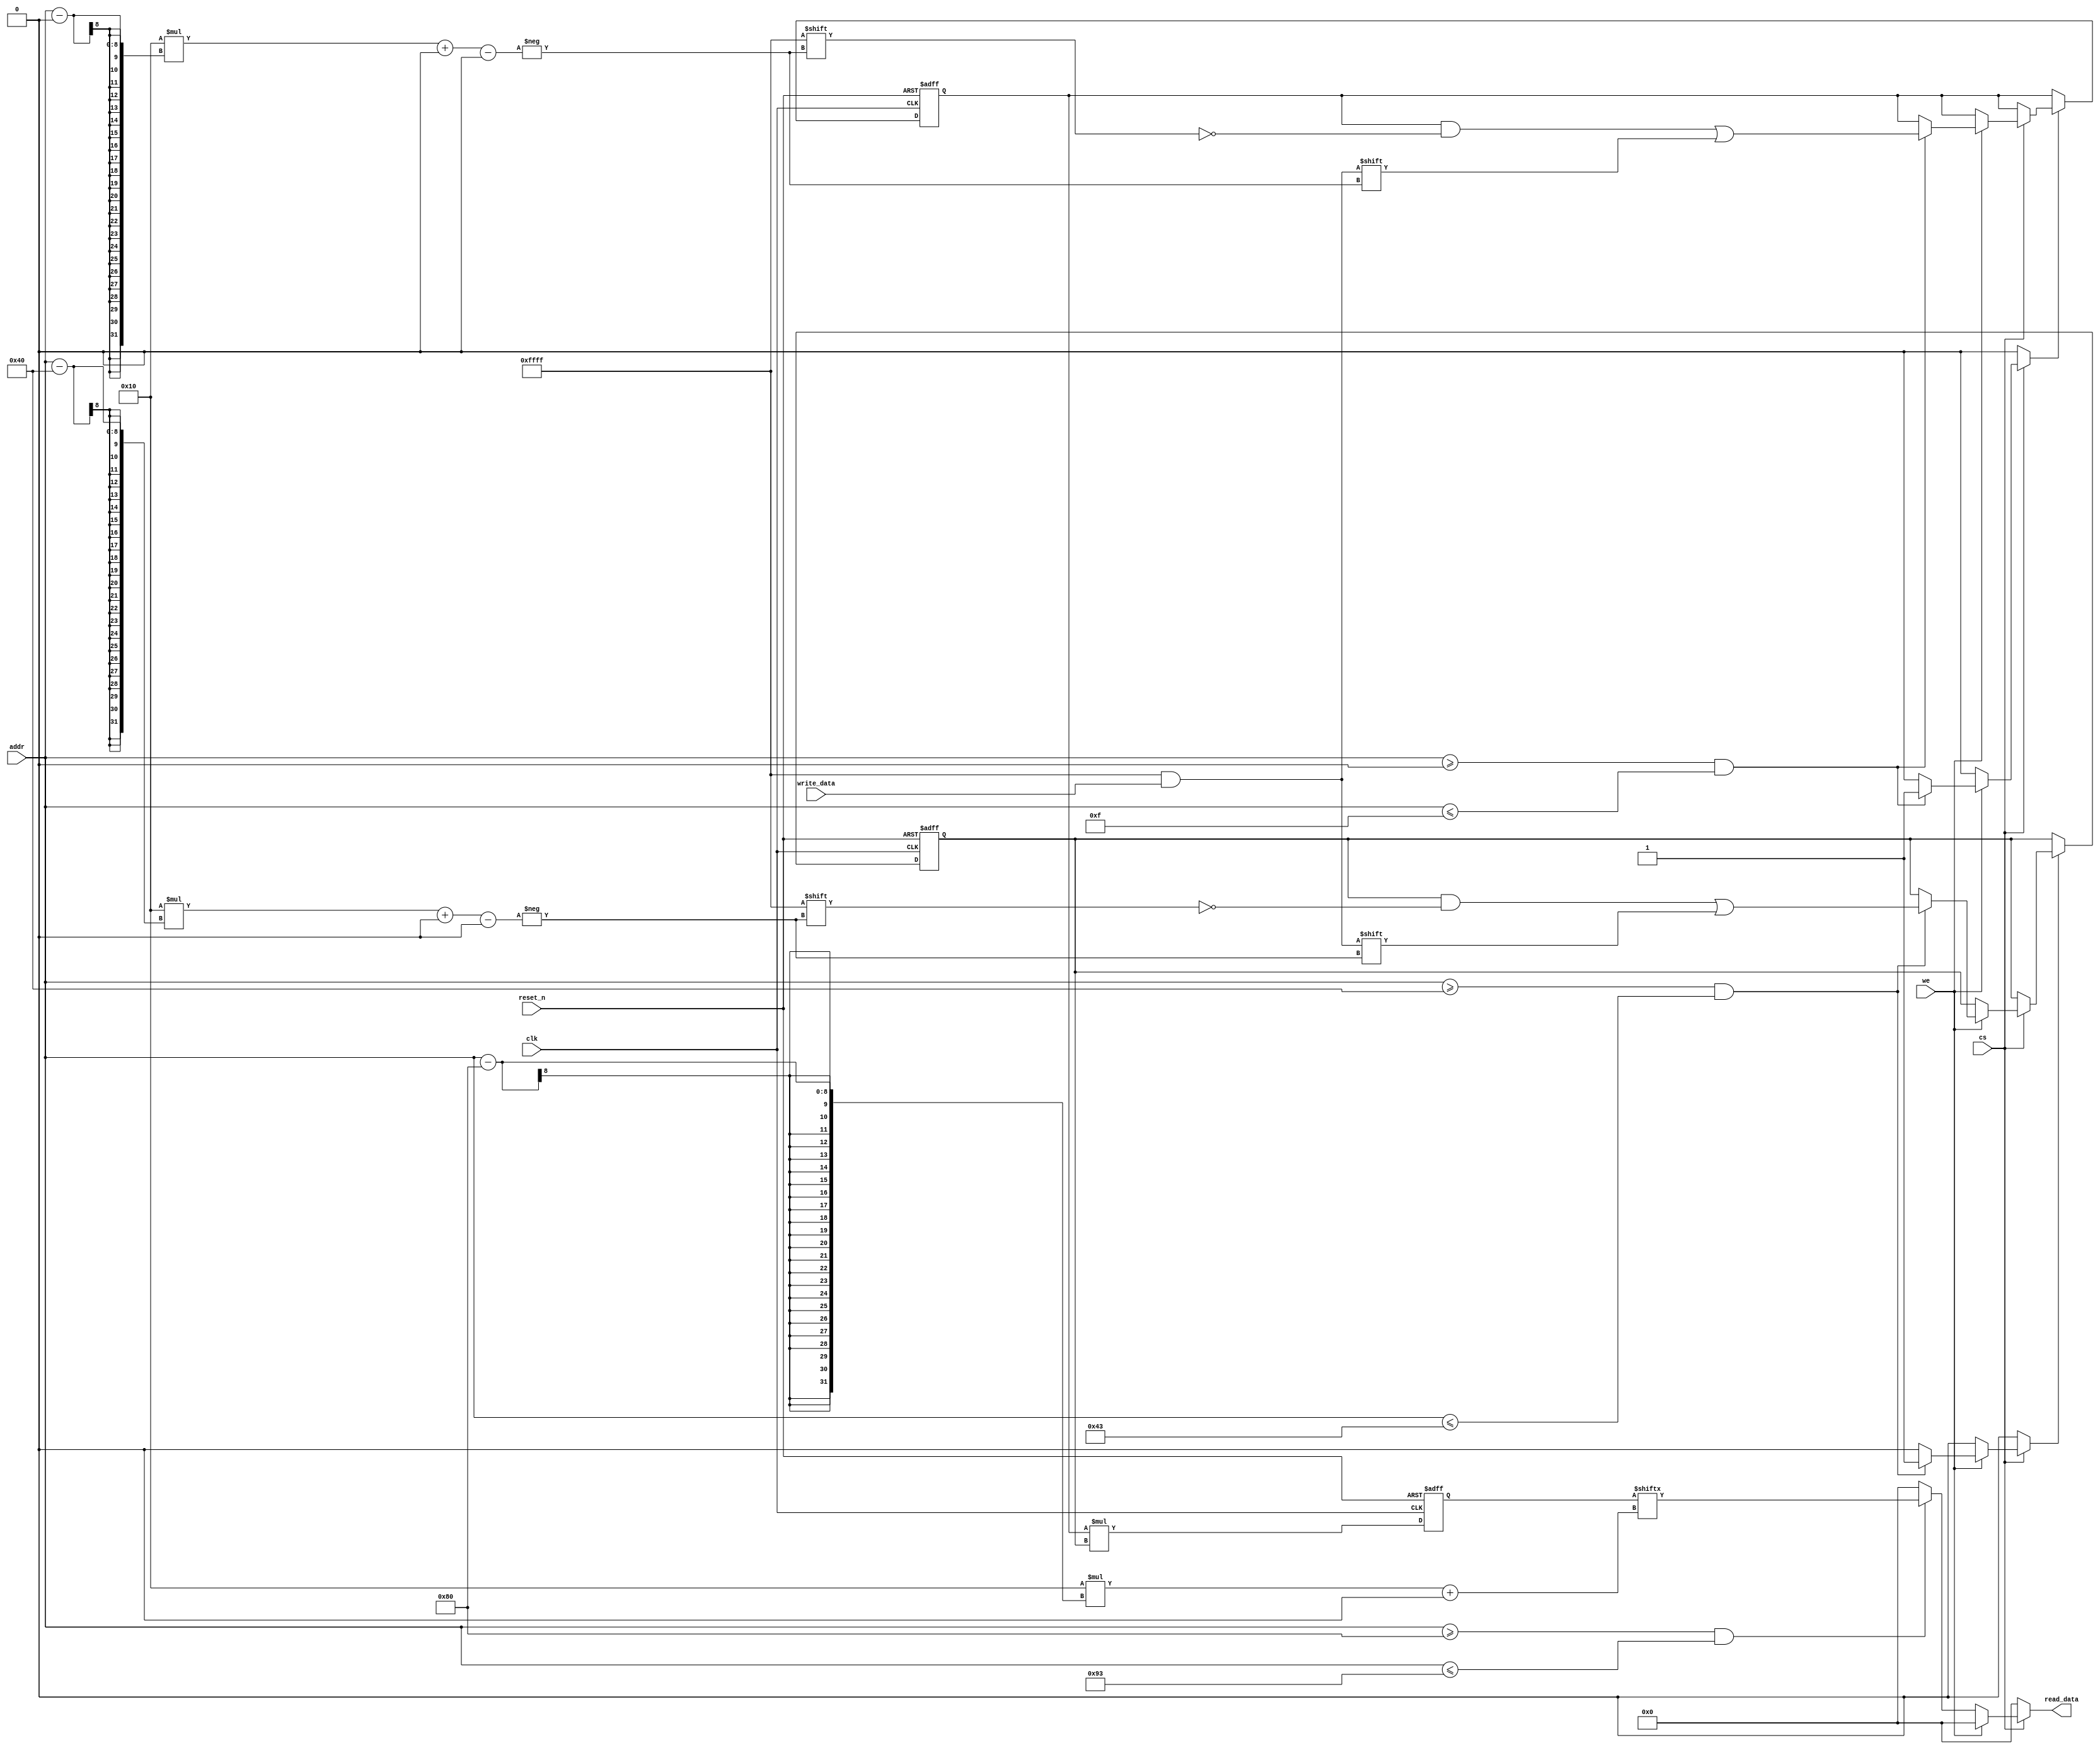
module mult(
            input wire                        clk,
            input wire                        reset_n,
            input wire                        cs,
            input wire                        we,
            input wire  [7 : 0]               addr,
            input wire  [(API_WIDTH - 1) : 0] write_data,
            output wire [(API_WIDTH - 1) : 0] read_data
           );


  //----------------------------------------------------------------
  // Internal constant and parameter definitions.
  //----------------------------------------------------------------
  parameter API_WIDTH       = 16;
  parameter OPA_WIDTH       = 256;
  parameter OPB_WIDTH       = 64;

  localparam OPA_WORDS      = OPA_WIDTH / API_WIDTH;
  localparam OPA_BASE_ADDR  = 8'h00;
  localparam OPA_TOP_ADDR   = (OPA_BASE_ADDR + OPA_WORDS - 1);

  localparam OPB_WORDS      = OPB_WIDTH / API_WIDTH;
  localparam OPB_BASE_ADDR  = 8'h40;
  localparam OPB_TOP_ADDR   = (OPB_BASE_ADDR + OPB_WORDS - 1);

  localparam PROD_WIDTH     = OPA_WIDTH + OPB_WIDTH;
  localparam PROD_WORDS     = PROD_WIDTH / API_WIDTH;
  localparam PROD_BASE_ADDR = 8'h80;
  localparam PROD_TOP_ADDR  = (PROD_BASE_ADDR + PROD_WORDS - 1);


  //----------------------------------------------------------------
  // Registers including update variables and write enable.
  //----------------------------------------------------------------
  reg [(OPA_WIDTH - 1) : 0] opa_reg;
  reg [(OPA_WIDTH - 1) : 0] opa_new;
  reg                       opa_we;

  reg [(OPA_WIDTH - 1) : 0] opb_reg;
  reg [(OPA_WIDTH - 1) : 0] opb_new;
  reg                       opb_we;

  reg [(PROD_WIDTH - 1) : 0] prod_reg;
  reg [(PROD_WIDTH - 1) : 0] prod_new;


  //----------------------------------------------------------------
  // Wires.
  //----------------------------------------------------------------
  reg [(API_WIDTH -1) : 0] tmp_read_data;


  //----------------------------------------------------------------
  // Concurrent connectivity for ports etc.
  //----------------------------------------------------------------
  assign read_data = tmp_read_data;


  //----------------------------------------------------------------
  // reg_update
  // Update functionality for all registers in the core.
  // All registers are positive edge triggered with asynchronous
  // active low reset.
  //----------------------------------------------------------------
  always @ (posedge clk or negedge reset_n)
    begin : reg_update
      if (!reset_n)
        begin
          opa_reg  <= {(OPA_WIDTH){1'h0}};
          opb_reg  <= {(OPB_WIDTH){1'h0}};
          prod_reg <= {(PROD_WIDTH){1'h0}};
        end
      else
        begin
          prod_reg <= prod_new;

          if (opa_we)
            opa_reg <= opa_new;

          if (opb_we)
            opb_reg <= opb_new;
        end
    end // reg_update


  //----------------------------------------------------------------
  // mult_logic
  //
  // This is where the action is.
  //----------------------------------------------------------------
  always @*
    begin : mult_logic
      prod_new = opa_reg * opb_reg;
    end


  //----------------------------------------------------------------
  // api
  //
  // The interface command decoding logic.
  //----------------------------------------------------------------
  always @*
    begin : api
      tmp_read_data = {(API_WIDTH){1'h0}};
      opa_new       = opa_reg;
      opa_we        = 0;
      opb_new       = opb_reg;
      opb_we        = 0;

      if (cs)
        begin
          if (we)
            begin
              if ((addr >= OPA_BASE_ADDR) && (addr <= OPA_TOP_ADDR))
                begin
                  opa_new[API_WIDTH * (addr - OPA_BASE_ADDR) +: API_WIDTH] = write_data;
                  opa_we = 1;
                end

              if ((addr >= OPB_BASE_ADDR) && (addr <= OPB_TOP_ADDR))
                begin
                  opb_new[API_WIDTH * (addr - OPB_BASE_ADDR) +: API_WIDTH] = write_data;
                  opb_we = 1;
                end
            end

          else
            begin
              if ((addr >= PROD_BASE_ADDR) && (addr <= PROD_TOP_ADDR))
                tmp_read_data = prod_reg[API_WIDTH * (addr - PROD_BASE_ADDR) +: API_WIDTH];
            end
        end
    end // addr_decoder
endmodule